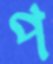
প